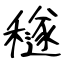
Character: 穟